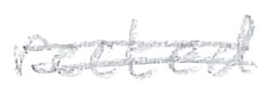
Text: rected
Cross-out: double-line
Writing tool: pencil